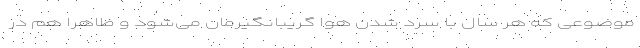
موضوعی که هر سال با سرد شدن هوا گریبانگیرمان می‌شود و ظاهرا هم در